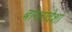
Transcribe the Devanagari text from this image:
बांग्लादेशा